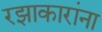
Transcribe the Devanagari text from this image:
रझाकारांना